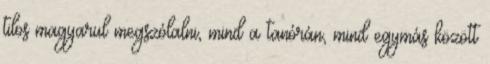
tilos magyarul megszólalni, mind a tanórán, mind egymás között